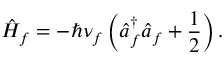
\hat { H } _ { f } = - \hbar \nu _ { f } \left( \hat { a } _ { f } ^ { \dagger } \hat { a } _ { f } + \frac { 1 } { 2 } \right) .